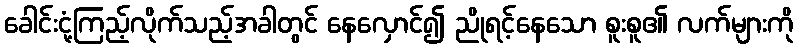
ခေါင်းငုံ့ကြည့်လိုက်သည့်အခါတွင် နေလှောင်၍ ညိုရင့်နေသော စူးစူ၏ လက်များကို